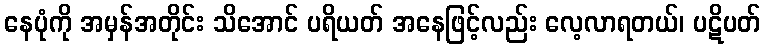
နေပုံကို အမှန်အတိုင်း သိအောင် ပရိယတ် အနေဖြင့်လည်း လေ့လာရတယ်၊ ပဋိပတ်